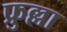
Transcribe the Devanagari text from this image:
फ्रुल्ला